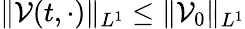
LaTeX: \| \mathcal{V}(t,\cdot)\| _{L^{1}}\leq\| \mathcal{V}_{0}\| _{L^{1}}